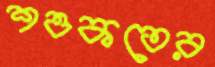
শওকতের